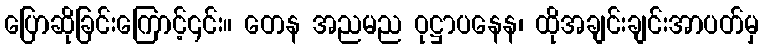
ပြောဆိုခြင်းကြောင့်၎င်း။ တေန အညမည ဝုဋ္ဌာပနေန၊ ထိုအချင်းချင်းအာပတ်မှ